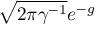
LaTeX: { \sqrt { 2 \pi \gamma ^ { - 1 } } } e ^ { - g }